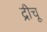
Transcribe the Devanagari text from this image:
द्रीचू